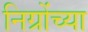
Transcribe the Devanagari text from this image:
निग्रोंच्या